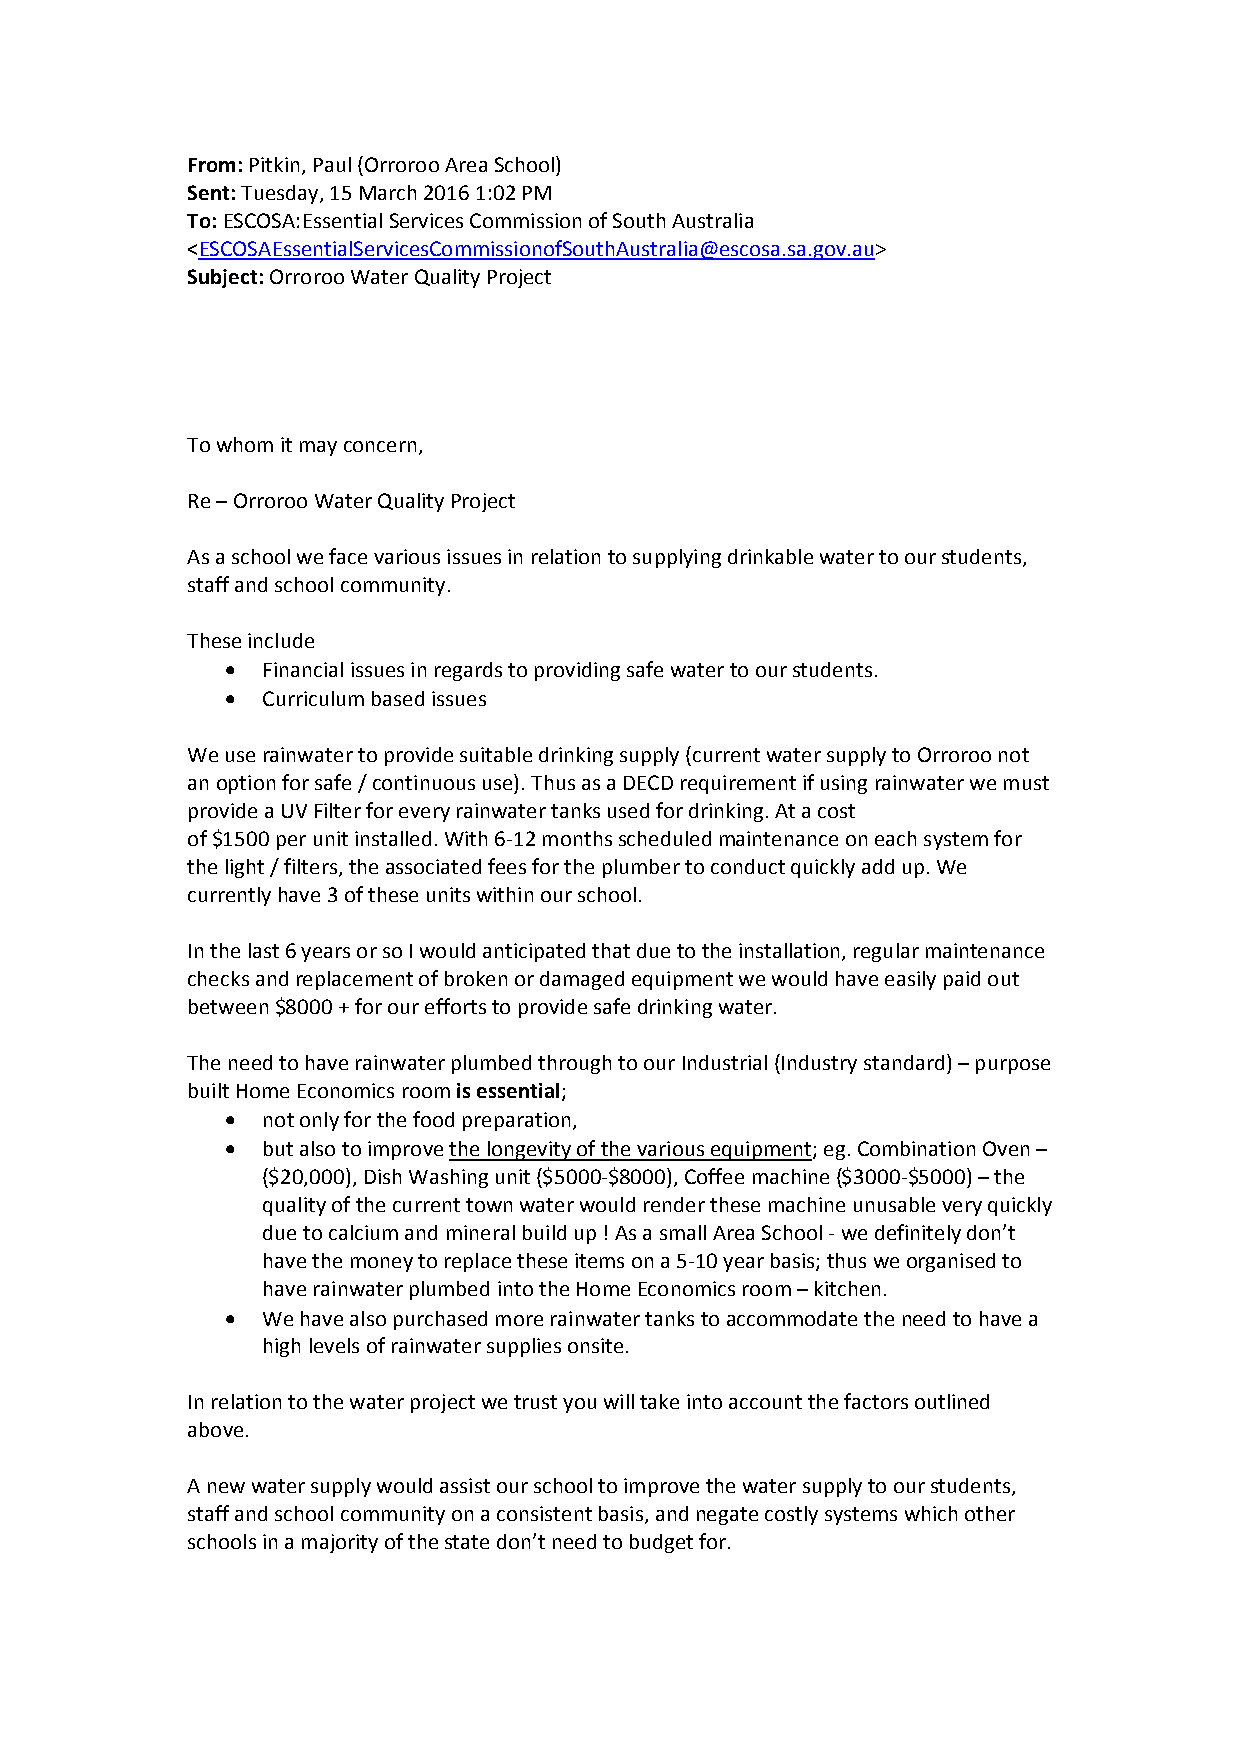
From: Pitkin, Paul (Orroroo Area School)
 Sent: Tuesday, 15 March 2016 1:02 PM
 To: ESCOSA:Essential Services Commission of South Australia
 <ESCOSAEssentialServicesCommissionofSouthAustralia@escosa.sa.gov.au>
 Subject: Orroroo Water Quality Project
 To whom it may concern,
 Re – Orroroo Water Quality Project
 As a school we face various issues in relation to supplying drinkable water to our students,
 staff and school community.
 These include
  Financial issues in regards to providing safe water to our students.
  Curriculum based issues
 We use rainwater to provide suitable drinking supply (current water supply to Orroroo not
 an option for safe / continuous use). Thus as a DECD requirement if using rainwater we must
 provide a UV Filter for every rainwater tanks used for drinking. At a cost
 of $1500 per unit installed. With 6‐12 months scheduled maintenance on each system for
 the light / filters, the associated fees for the plumber to conduct quickly add up. We
 currently have 3 of these units within our school.
 In the last 6 years or so I would anticipated that due to the installation, regular maintenance
 checks and replacement of broken or damaged equipment we would have easily paid out
 between $8000 + for our efforts to provide safe drinking water.
 The need to have rainwater plumbed through to our Industrial (Industry standard) – purpose
 built Home Economics room is essential;
  not only for the food preparation,
  but also to improve the longevity of the various equipment; eg. Combination Oven –
 ($20,000), Dish Washing unit ($5000‐$8000), Coffee machine ($3000‐$5000) – the
 quality of the current town water would render these machine unusable very quickly
 due to calcium and mineral build up ! As a small Area School ‐ we definitely don’t
 have the money to replace these items on a 5‐10 year basis; thus we organised to
 have rainwater plumbed into the Home Economics room – kitchen.
  We have also purchased more rainwater tanks to accommodate the need to have a
 high levels of rainwater supplies onsite.
 In relation to the water project we trust you will take into account the factors outlined
 above.
 A new water supply would assist our school to improve the water supply to our students,
 staff and school community on a consistent basis, and negate costly systems which other
 schools in a majority of the state don’t need to budget for.